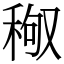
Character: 䅓